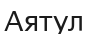
Аятул